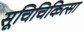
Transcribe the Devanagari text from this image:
सूचिचिकित्सा